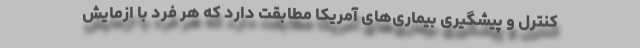
کنترل و پیشگیری بیماری‌های آمریکا مطابقت دارد که هر فرد با ازمایش